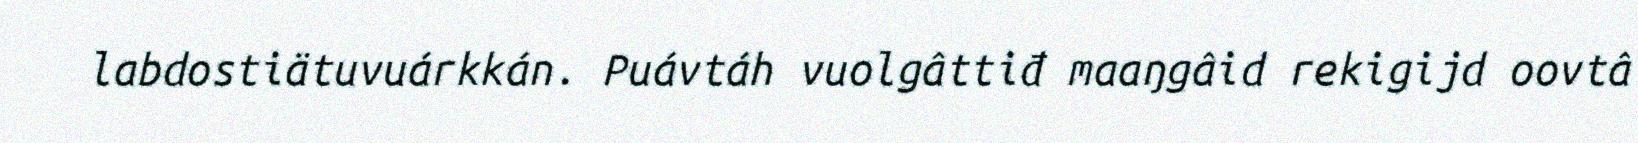
labdostiätuvuárkkán. Puávtáh vuolgâttiđ maaŋgâid rekigijd oovtâ